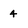
Character: 4